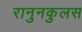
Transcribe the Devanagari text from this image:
रानुनकुलस